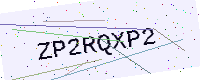
Text: ZP2RQXP2